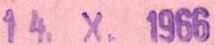
14. X. 1966